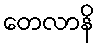
တေလာနိ